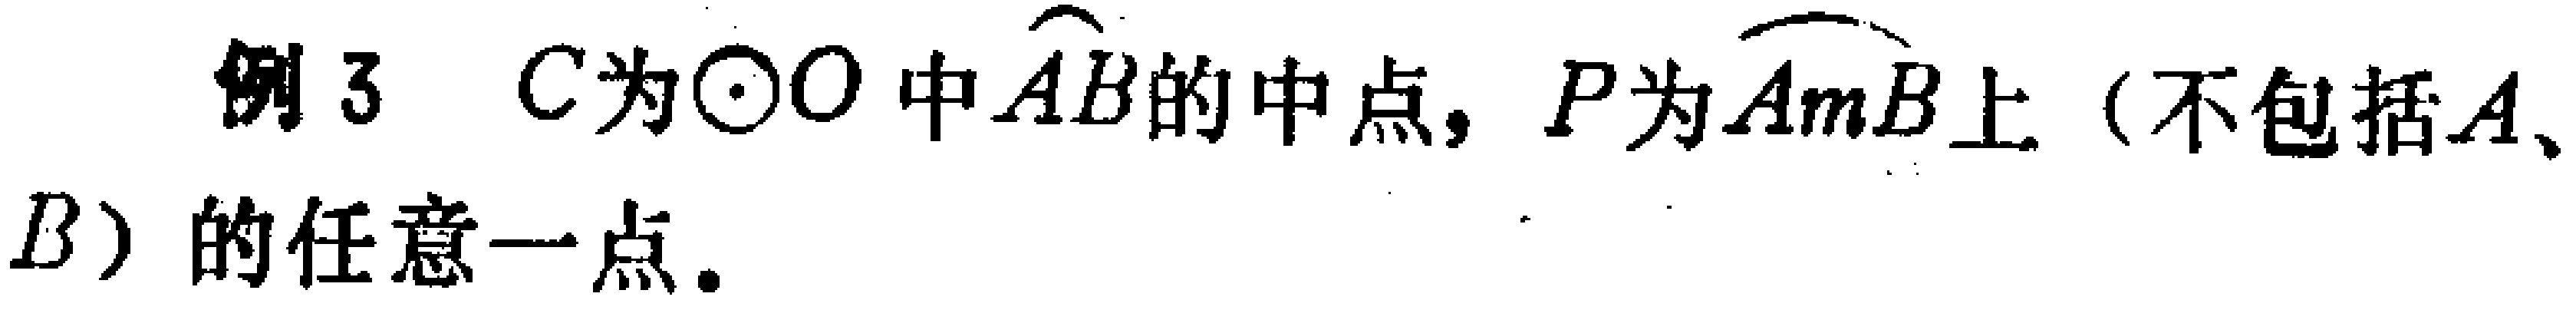
例3 \(C\)为\(\odot O\)中\(\overset{\frown}{AB}\)的中点，\(P\)为\(\overset{\frown}{AmB}\)上（不包括\(A\)、\(B\)）的任意一点。